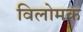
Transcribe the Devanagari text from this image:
विलोमक